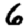
Digit: 6